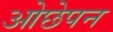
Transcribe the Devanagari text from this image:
ओछेपन